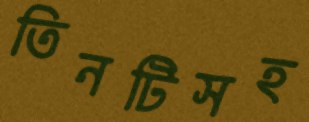
তিনটিসহ